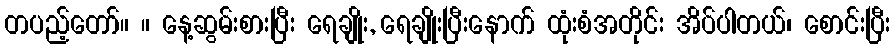
တပည့်တော်။ ။ နေ့ဆွမ်းစားပြီး ရေချိုး, ရေချိုးပြီးနောက် ထုံးစံအတိုင်း အိပ်ပါတယ်၊ စောင်းပြီး